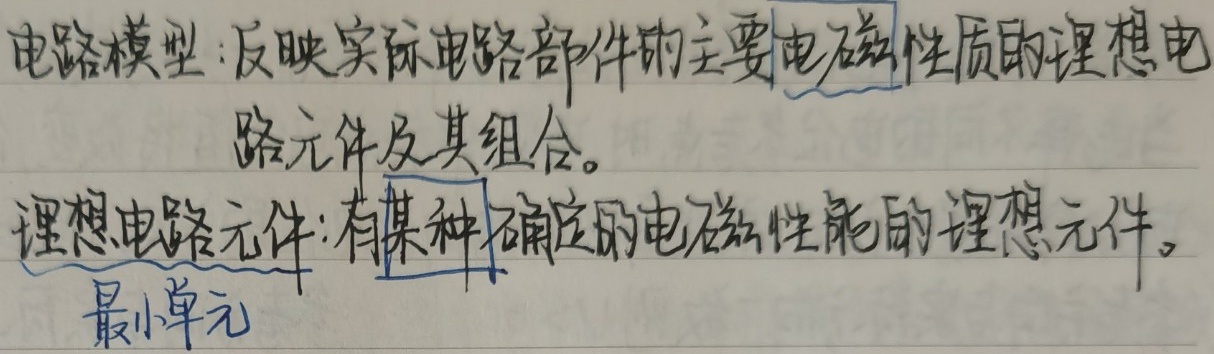
电路模型：反映实际电路部件的主要电磁性质的理想电路元件及其组合。
理想电路元件：有某种确定的电磁性能的理想元件。最小单元